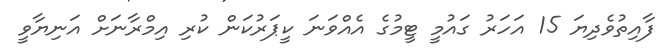
ފާއިތުވެދިޔަ 15 އަހަރު ގައުމީ ޓީމުގެ އެއްވަނަ ކީޕަރުކަން ކުރި އިމްރާނަށް އަނިޔާވީ